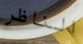
الناظر